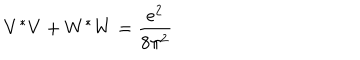
LaTeX: V ^ { * } V + W ^ { * } W = \frac { e ^ { 2 } } { 8 \pi ^ { 2 } }